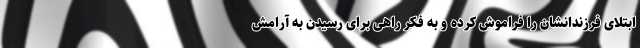
ابتلای فرزندانشان را فراموش کرده و به فکر راهی برای رسیدن به آرامش